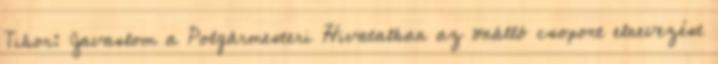
Tibor: Javaslom a Polgármesteri Hivatalban az önálló csoport elnevezést